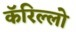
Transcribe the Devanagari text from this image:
कॅरिल्लो